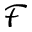
\mathcal { F }